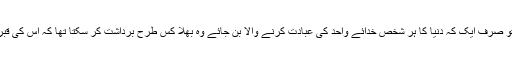
جس کی خواہش تھی تو صرف ایک کہ دنیا کا ہر شخص خدائے واحد کی عبادت کرنے والا بن جائے وہ بھلا کس طرح برداشت کر سکتا تھا کہ اس کی قبر شرک کی جگہ بنے۔